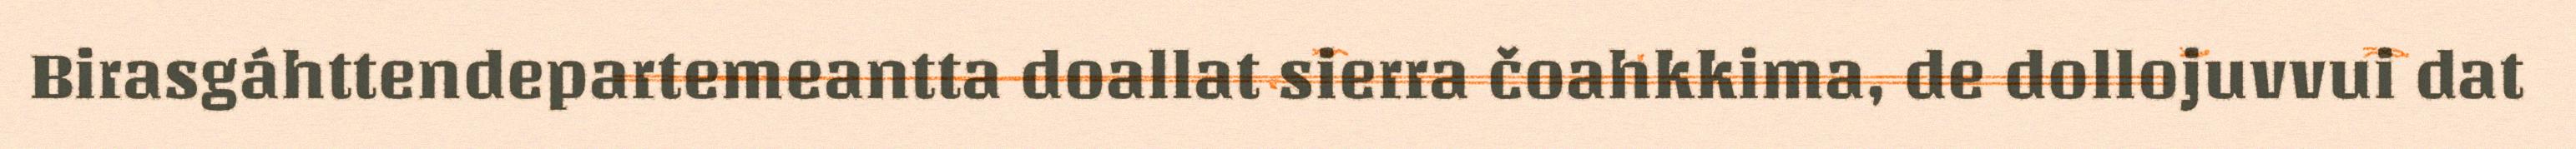
Birasgáhttendepartemeantta doallat sierra čoahkkima, de dollojuvvui dat